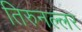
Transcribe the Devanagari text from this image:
तिरुनल्लर